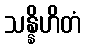
သန္နိဟိတံ